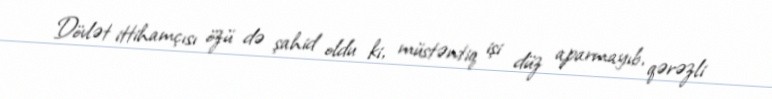
Dövlət ittihamçısı özü də şahid oldu ki, müstəntiq işi düz aparmayıb, qərəzli